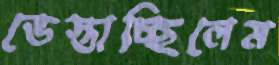
ভেস্তাচ্ছিলেম